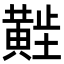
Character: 𬹑